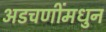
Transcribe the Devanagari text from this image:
अडचणींमधुन